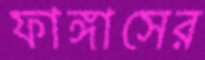
ফাঙ্গাসের